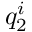
q _ { 2 } ^ { i }